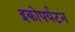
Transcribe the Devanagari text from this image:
इकोपर्यटन